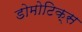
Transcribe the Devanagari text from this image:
डोमोटिक्स